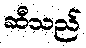
ဆီသည်